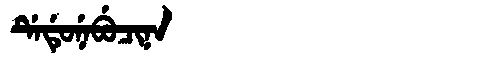
Manchu: ᡩᡝᡩᡠᠨᡝᠪᡠᠴᡳᠨᠠ
Romanization: DEDUNEBUCINA